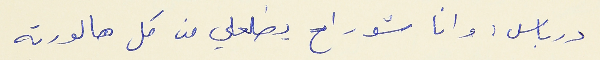
درباس : وانا شو راح يطلعلي من كل هالورته